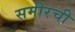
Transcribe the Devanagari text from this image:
समीरची